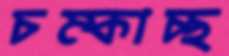
চম্‌কাচ্ছ